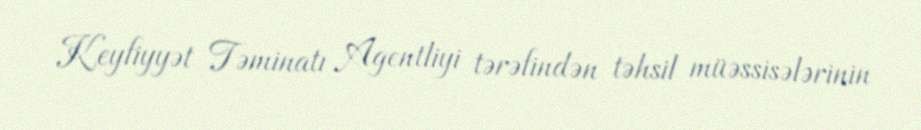
Keyfiyyət Təminatı Agentliyi tərəfindən təhsil müəssisələrinin